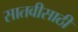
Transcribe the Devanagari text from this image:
सातवीसाठी